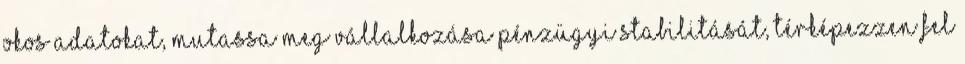
okos adatokat, mutassa meg vállalkozása pénzügyi stabilitását, térképezzen fel